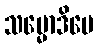
သမ္မောဒိပေ